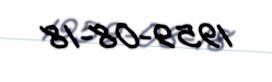
1959-08-18